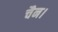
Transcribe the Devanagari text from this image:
चैन।